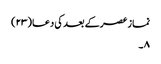
نماز عصرکے بعد کی دعا (۲۳)
۸ ۔